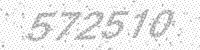
Solution: 572510